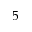
5